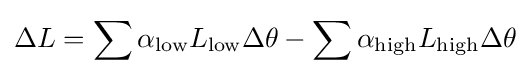
\Delta L=\sum \alpha _{\text{low}}L_{\text{low}}\Delta \theta -\sum \alpha _{\text{high}}L_{\text{high}}\Delta \theta